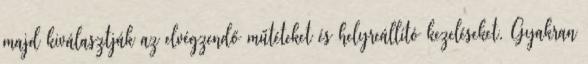
majd kiválasztják az elvégzendő műtéteket és helyreállító kezeléseket. Gyakran